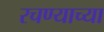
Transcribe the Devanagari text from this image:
रचण्याच्या